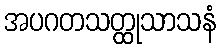
အပဂတသတ္ထုသာသနံ